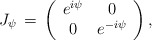
\begin{align*} J_\psi \, =\, \left ( \begin{array}{cc}e^{i\psi} & 0 \\ 0 & e^{-i\psi} \end{array} \right ) , \end{align*}